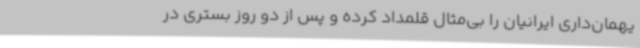
یهمان‌داری ایرانیان را بی‌مثال قلمداد کرده و پس از دو روز بستری در